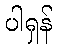
ပါရှန်